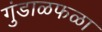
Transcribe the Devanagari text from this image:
गुंडाळफळा